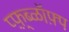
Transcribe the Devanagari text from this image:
प्फ़़्ब्ळॉफ़्प